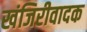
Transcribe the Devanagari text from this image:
खंजिरीवादक